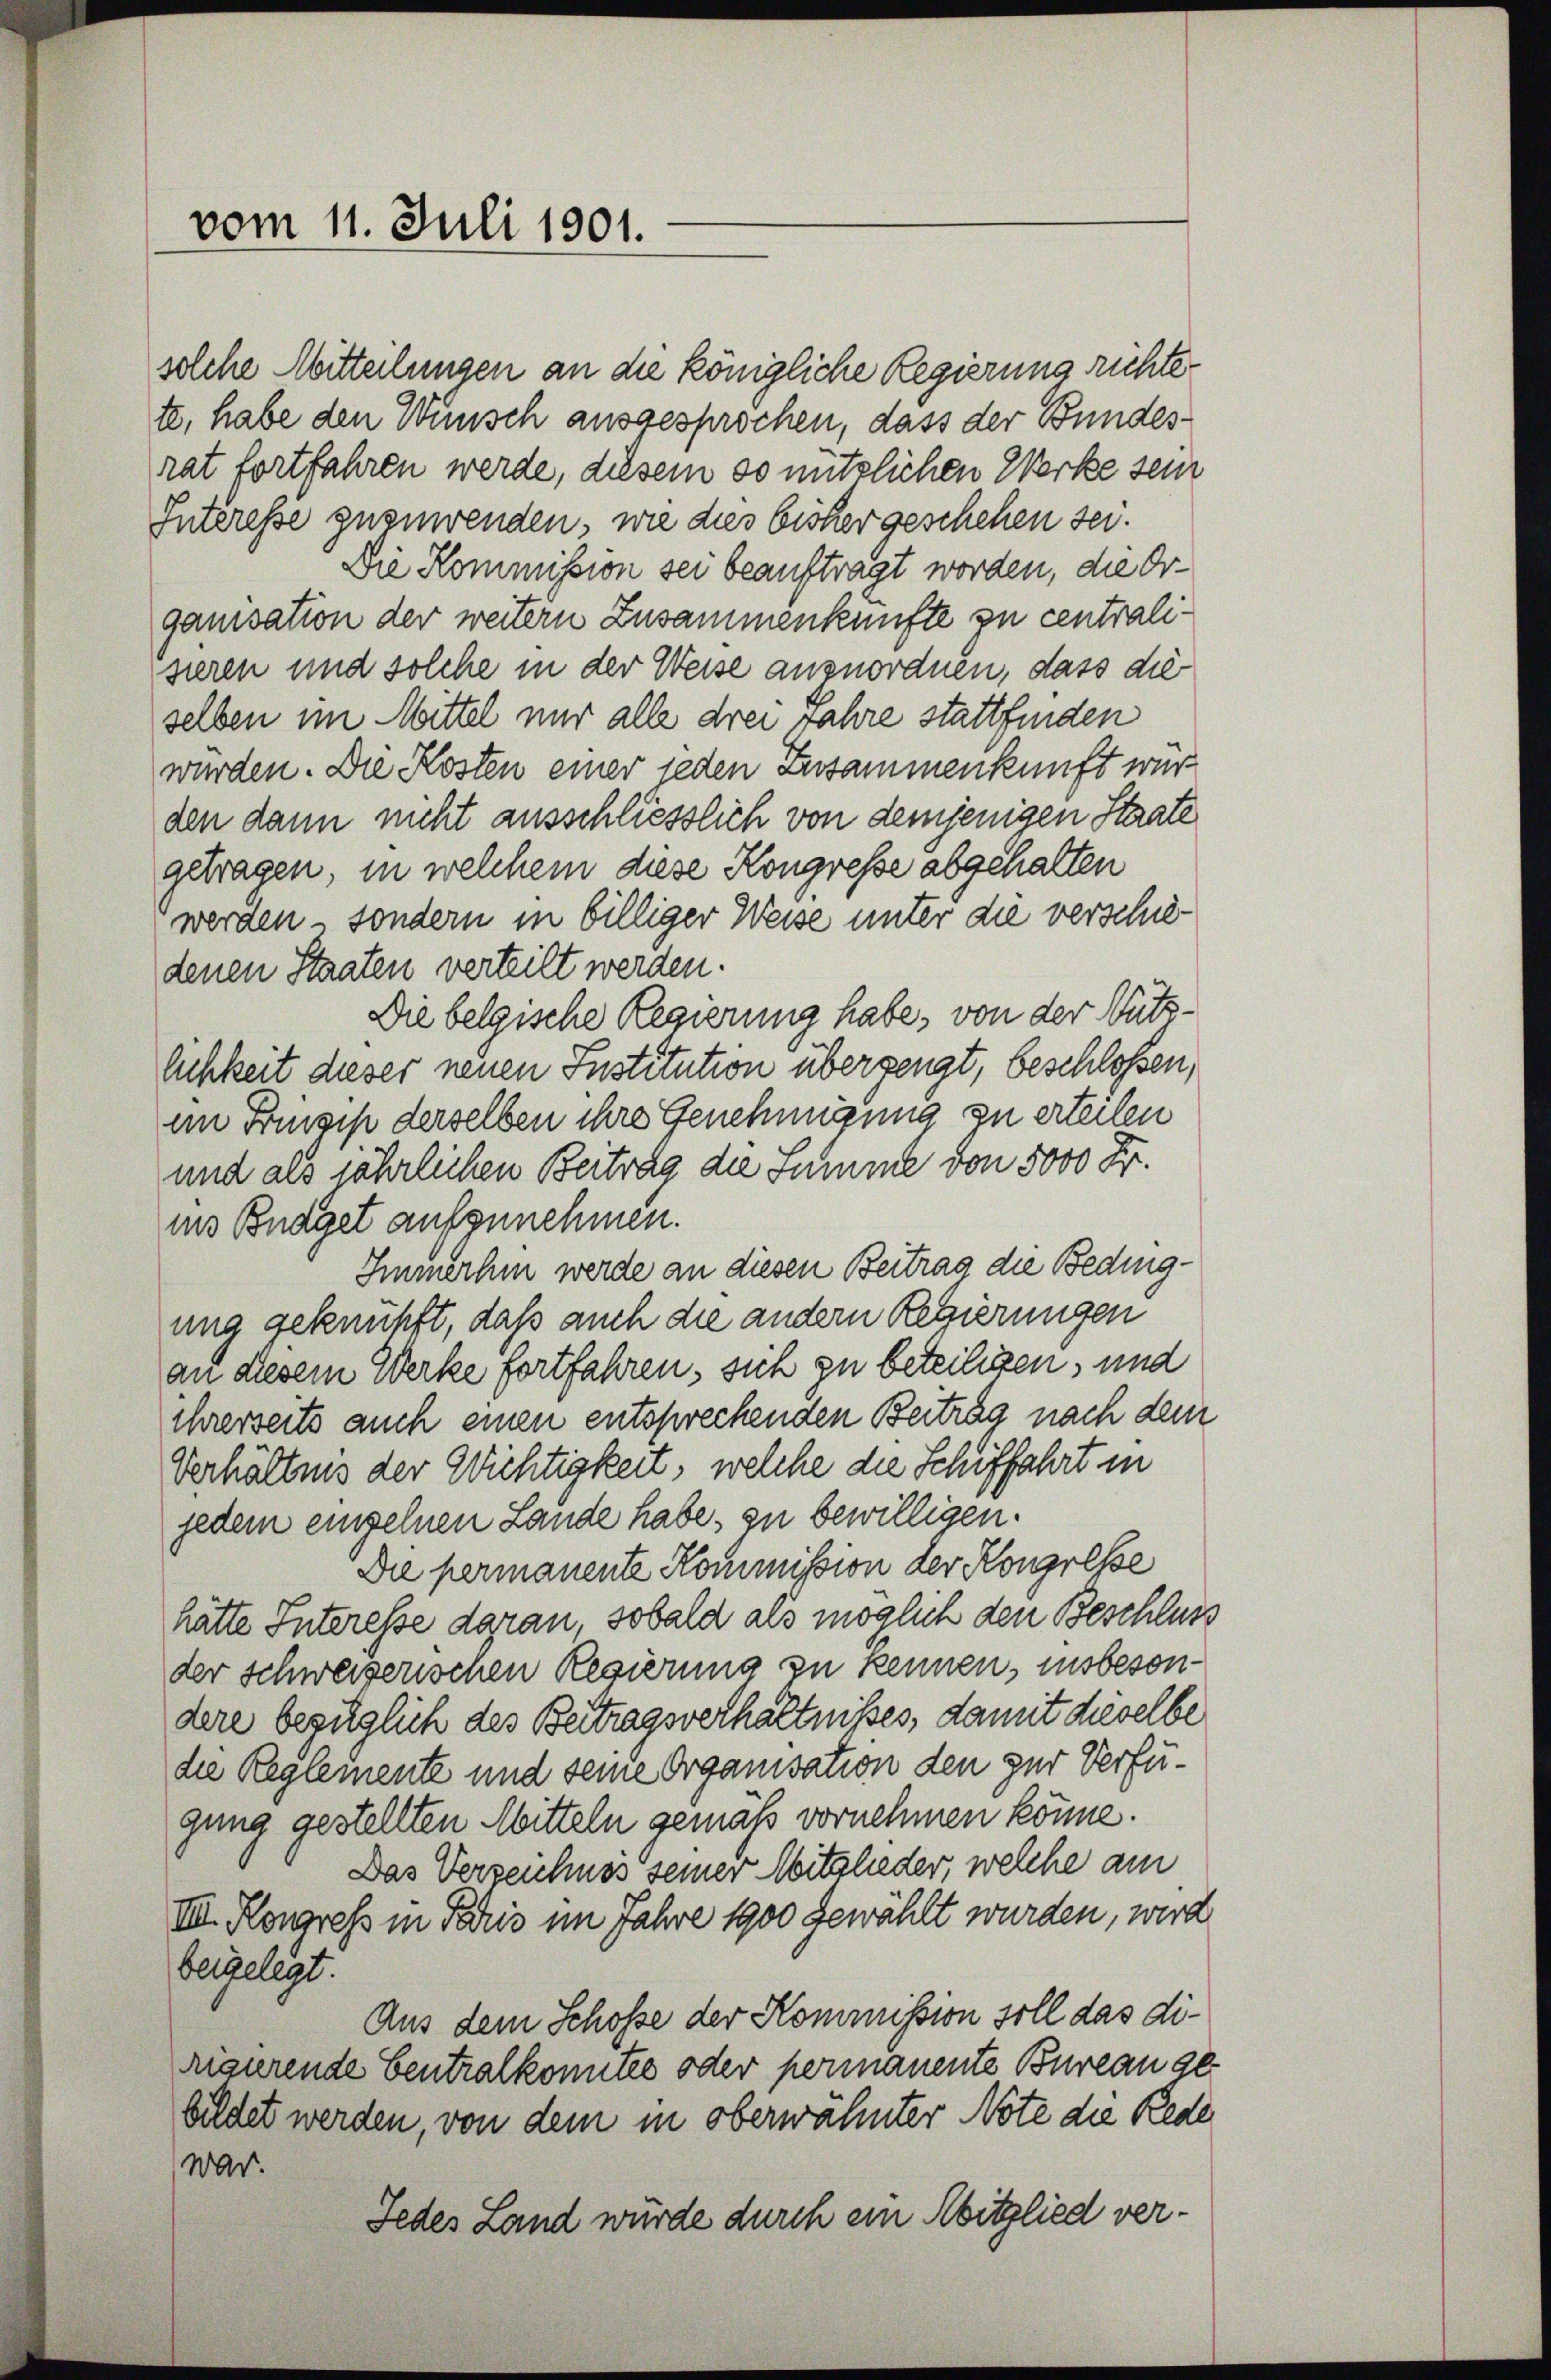
vom 11. Juli 1901.

solche Mitteilungen an die königliche Regierung richtete, habe den Wunsch ausgesprochen, dass der Bundesrat fortfahren werde, diesem so nützlichen Werke sein
Interesse zuzuwenden, wie dies bisher geschehen sei.
Die Kommission sei beauftragt worden, die Organisation der weitern Zusammenkünfte zu centralisieren und solche in der Weise anzuordnen, dass die
selben im Mittel nur alle drei Jahre stattfinden
wurden. Die Kosten einer jeden Zusammenkunft wir
den dann nicht ausschliesslich von demjenigen Staate
getragen, in welchem diese Kongresse abgehalten
werden, sondern in billiger Weise unter die verschiedenen Staaten verteilt werden.
Die belgische Regierung habe, von der Nutzlichkeit dieser neuen Institution übergengt, beschlossen,
an Prinzip derselben ihre Genehmigung zu erteilen
und als jährlichen Beitrag die Summe von 5000 Fr.
ins Bnaget aufzunehmen.
Immerhin werde an diesen Beitrag die Bedingung geknüpft, daß auch die andern Regierungen
an diesem Werke fortfahren, sich zu beteiligen, und
ihrerseits auch einen entsprechenden Beitrag nach dem
Verhältnis der Wichtigkeit, welche die Schiffahrt in
jedem einzelnen Lande habe, zu bewilligen.
Die permanente Kommission der Kongresse
hätte Interesse daran, sobald als möglich den Beschluss
der schweizerischen Regierung zu kennen, insbesondere bezüglich des Beitragsverhältnißes, damit dieselbe
die Reglemente und seine Organisation den zur Verfügung gestellten Mitteln gemäß vornehmen könne.
Das Verzeichnes seiner Mitglieder, welche am
VIII. Kongress in Paris im Jahre 1900 gewählt wurden, wird
beigelegt.
Aus dem Schosse der Kommission soll das dirigirende Centralkonntes oder permanente Bureau ge
bildet werden, von dem in oberwähnter Note die Rede
war.
Jedes Land wurde durch ein Abitglied ver¬